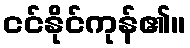
ငင်နိုင်ကုန်၏။